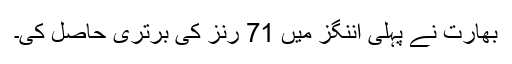
بھارت نے پہلی اننگز میں 71 رنز کی برتری حاصل کی۔